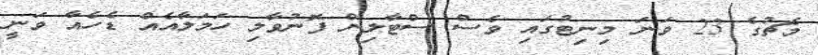
މެޗުގެ 23 ވަނަ މިނިޓުގައި ވެސް ސްޓާލިން ފޮނުވާލި ހަމަލާއެއް ޑެހެއާ ވަނީ